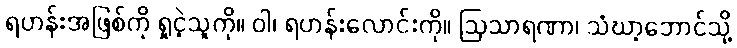
ရဟန်းအဖြစ်ကို ရှုငဲ့သူကို။ ဝါ၊ ရဟန်းလောင်းကို။ ဩသာရဏာ၊ သံဃာ့ဘောင်သို့